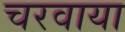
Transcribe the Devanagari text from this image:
चरवाया